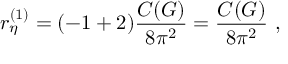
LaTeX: r _ { \eta } ^ { ( 1 ) } = ( - 1 + 2 ) \frac { C ( G ) } { 8 \pi ^ { 2 } } = \frac { C ( G ) } { 8 \pi ^ { 2 } } \ ,